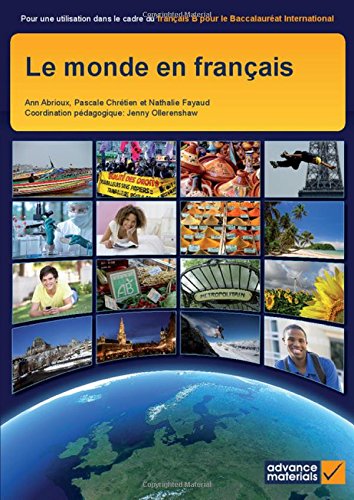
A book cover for Le Monde en FranÃ§ais Student's Book (Ib Diploma) (French Edition); Ann Abrioux; Teen & Young Adult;